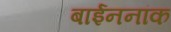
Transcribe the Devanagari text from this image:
बाईननांक